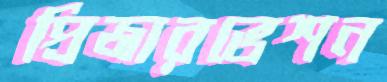
প্রিজারভেশন